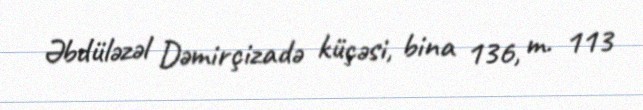
Əbdüləzəl Dəmirçizadə küçəsi, bina 136, m. 113